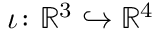
\iota \colon \mathbb { R } ^ { 3 } \hookrightarrow \mathbb { R } ^ { 4 }